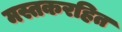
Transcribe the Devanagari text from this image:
मस्तकरहित